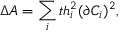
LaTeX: \Delta A = \sum _ { i } t h _ { i } ^ { 2 } ( \partial C _ { i } ) ^ { 2 } ,